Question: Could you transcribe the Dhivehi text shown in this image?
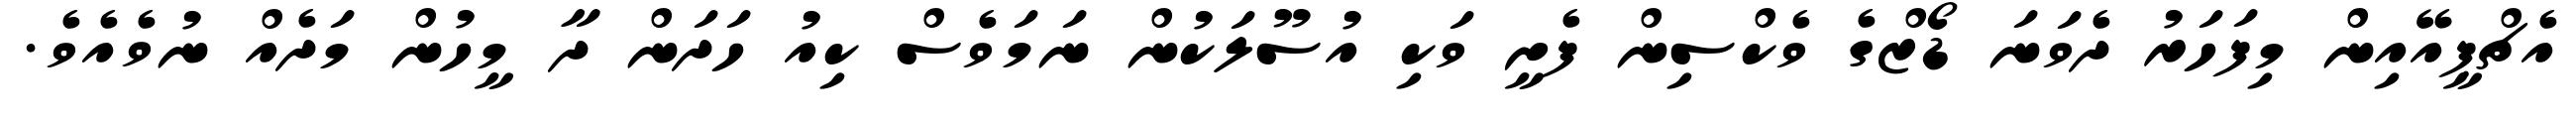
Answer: އެޗްޕީއޭއިން މިފަހަރު ދެވަނަ ޑޯޒްގެ ވެކްސިން ފެށީ ވަކި އުސޫލަކުން ނަމަވެސް ކިއު ހަދަން ދާ މީހުން މަދެއް ނުވެއެވެ.